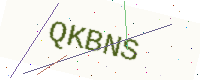
Text: QKBNS